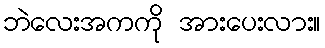
ဘဲလေးအကကို အားပေးလား။